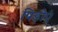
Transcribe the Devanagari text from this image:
पिड़ोएं